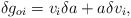
\begin{align*}\delta g_{oi} = v_{i} \delta a + a \delta v_{i},\end{align*}